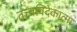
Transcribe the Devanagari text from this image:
तत्त्वविदेकात्मा